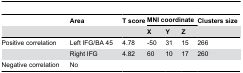
<table><thead><tr><td></td><td><b>Area</b></td><td><b>T score</b></td><td colspan="3"><b>MNI coordinate</b></td><td><b>Clusters size</b></td></tr><tr><td></td><td></td><td></td><td><b>X</b></td><td><b>Y</b></td><td><b>Z</b></td><td></td></tr></thead><tbody><tr><td>Positive correlation</td><td>Left IFG/BA 45</td><td>4.78</td><td>-50</td><td>31</td><td>15</td><td>266</td></tr><tr><td></td><td>Right IFG</td><td>4.82</td><td>60</td><td>10</td><td>17</td><td>260</td></tr><tr><td>Negative correlation</td><td>No</td><td></td><td></td><td></td><td></td><td></td></tr></tbody></table>